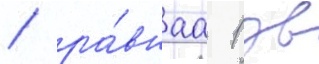
/ ра́внаа 1 зв